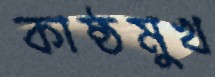
কাষ্ঠমুখ